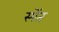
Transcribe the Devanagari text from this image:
स्पेंत